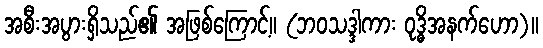
အစီးအပွားရှိသည်၏ အဖြစ်ကြောင့်။ (ဘဝသဒ္ဒါကား ဝုဒ္ဓိအနက်ဟော)။